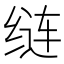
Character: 𦈐